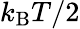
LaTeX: k_{\mathrm{B}}T/2